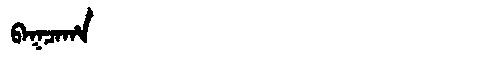
Manchu: ᠪᠠᡴᠴᠠᡥᠠ
Romanization: BAKCAHA